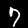
Label: 7